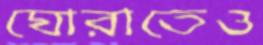
ঘোরাতেও